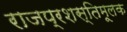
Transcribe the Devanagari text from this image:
राजप्रशस्तिमूलक